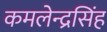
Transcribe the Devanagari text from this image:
कमलेन्द्रसिंह